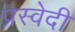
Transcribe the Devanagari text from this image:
प्रस्वेदी